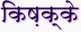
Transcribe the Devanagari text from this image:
किष़क्के